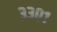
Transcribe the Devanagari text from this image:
३३०१